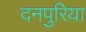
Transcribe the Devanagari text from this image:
दनपुरिया